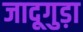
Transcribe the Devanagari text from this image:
जादूगुड़ा